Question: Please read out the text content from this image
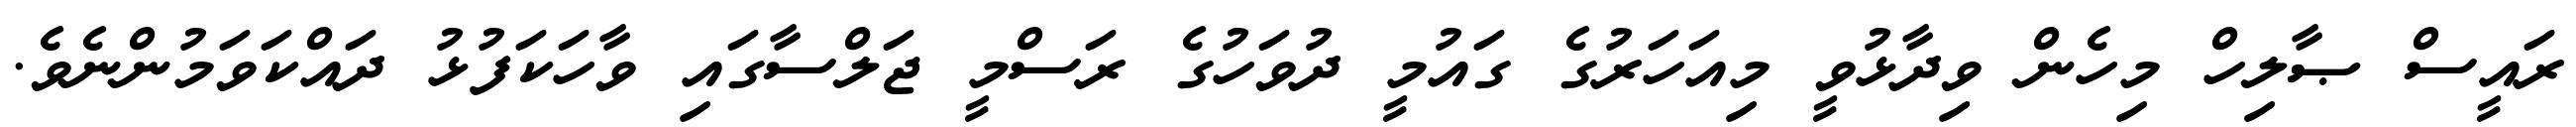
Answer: ރައީސް ޞާލިހް މިހެން ވިދާޅުވީ މިއަހަރުގެ ގައުމީ ދުވަހުގެ ރަސްމީ ޖަލްސާގައި ވާހަކަފުޅު ދައްކަވަމުންނެވެ.